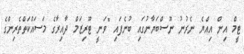
ޓީމް އިން އިއްޔެ ނެރުނު ނޫސްބަޔާނުގައި ބުނެފައި "ވަނީ ޓޫރިޒަމް ދާއިރާގެ މަސައްކަތްތެރިންގެ